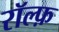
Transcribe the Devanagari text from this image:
रॉल्फ़